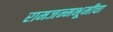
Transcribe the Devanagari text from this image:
रामजन्मभूमीचा